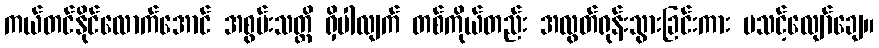
ကယ်တင်နိုင်လောက်အောင် အစွမ်းသတ္တိ ရှိပါလျက် တစ်ကိုယ်တည်း အလွတ်ရုန်းသွားခြင်းကား မသင့်လျော်ချေ။